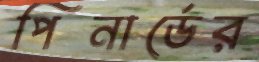
পিনার্ডের